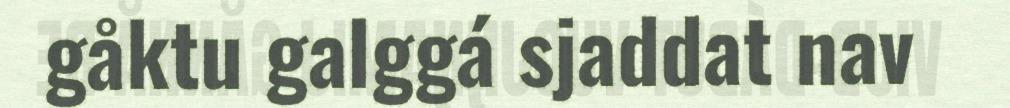
gåktu galggá sjaddat nav